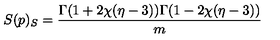
S ( p ) _ { S } = \frac { \Gamma ( 1 + 2 \chi ( \eta - 3 ) ) \Gamma ( 1 - 2 \chi ( \eta - 3 ) ) } { m }